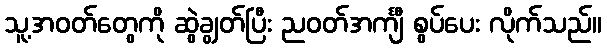
သူ့အဝတ်တွေကို ဆွဲချွတ်ပြီး ညဝတ်အင်္ကျီ စွပ်ပေး လိုက်သည်။